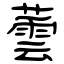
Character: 蕓